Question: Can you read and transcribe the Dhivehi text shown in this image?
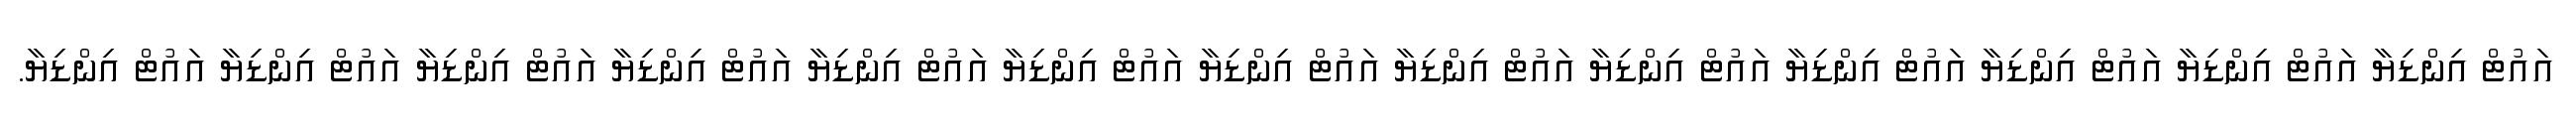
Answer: އައުޓް އިންޑިޔާ އައުޓް އިންޑިޔާ އައުޓް އިންޑިޔާ އައުޓް އިންޑިޔާ އައުޓް އިންޑިޔާ އައުޓް އިންޑިޔާ އައުޓް އިންޑިޔާ އައުޓް އިންޑިޔާ އައުޓް އިންޑިޔާ އައުޓް އިންޑިޔާ އައުޓް އިންޑިޔާ އައުޓް އިންޑިޔާ އައުޓް އިންޑިޔާ.